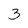
Character: 3